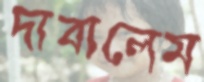
দাবালেম